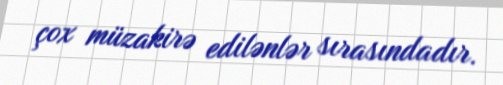
çox müzakirə edilənlər sırasındadır.